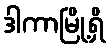
ဒါကာမြို့ရှိ